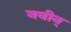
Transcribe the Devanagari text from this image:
नवीन्